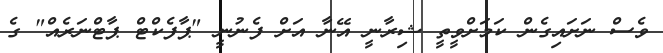
ވެސް ނަށައިގެން ކަމަށްވީތީ ޝިރާނީ އޭނާ އަށް ފެނުނީ "ޕާފެކްޓް ޕާޓްނަރެއް" ގެ